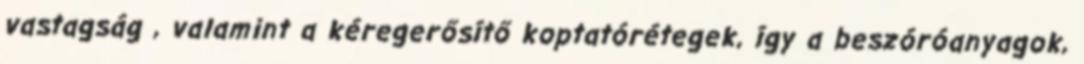
vastagság , valamint a kéregerősítő koptatórétegek, így a beszóróanyagok,